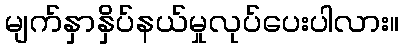
မျက်နှာနှိပ်နယ်မှုလုပ်ပေးပါလား။